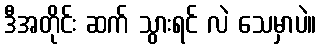
ဒီအတိုင်း ဆက် သွားရင် လဲ သေမှာပဲ။